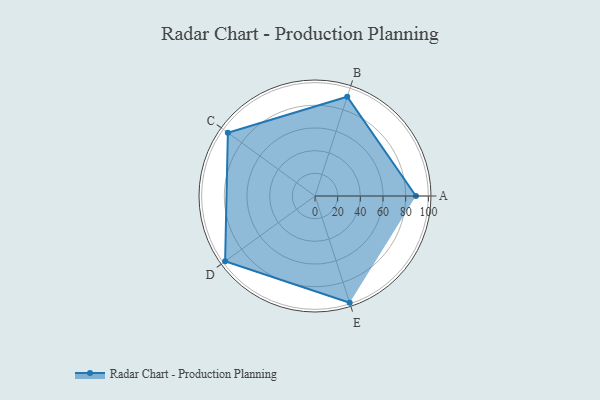
{"axis": {"x": "Skill", "y": "Score"}, "legend": ["Profile"], "data": [{"x": "A", "y": 89.0, "type": "Profile"}, {"x": "B", "y": 92.0, "type": "Profile"}, {"x": "C", "y": 95.0, "type": "Profile"}, {"x": "D", "y": 98.0, "type": "Profile"}, {"x": "E", "y": 99, "type": "Profile"}]}